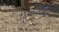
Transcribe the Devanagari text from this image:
१८४३ई०